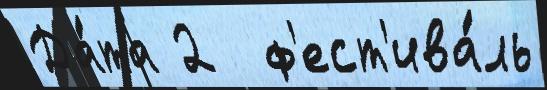
Да́та 2  ф'ест'ива́ль